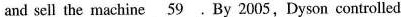
and sell the machine \underline{59} .By 2005,Dyson controlled